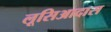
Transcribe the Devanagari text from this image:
लूसिआदास